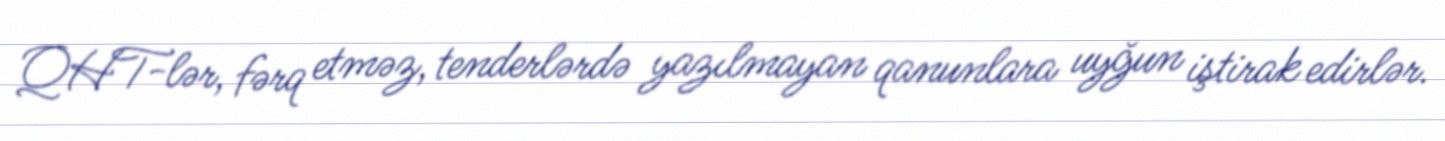
QHT-lər, fərq etməz, tenderlərdə yazılmayan qanunlara uyğun iştirak edirlər.